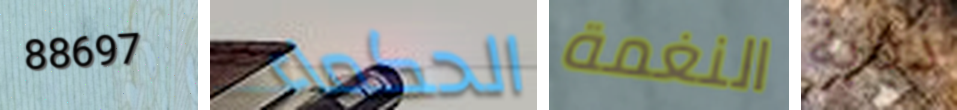
88697 الحكماء النغمة ذبابة